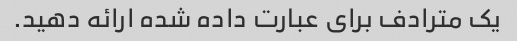
یک مترادف برای عبارت داده شده ارائه دهید.